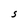
Character: S